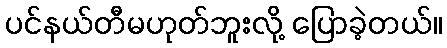
ပင်နယ်တီမဟုတ်ဘူးလို့ ပြောခဲ့တယ်။